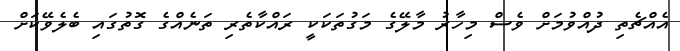
އެއްޗެތި ދުއްވުމަށް ވެސް މިހާރު މާލޭގެ މަގުތަކަކީ ރައްކާތެރި ތަނެއްގެ ގޮތުގައި ބެލެވޭކަށް